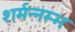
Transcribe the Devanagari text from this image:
शर्मन्नम्भः